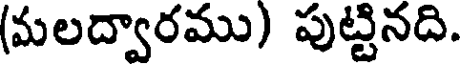
(మలద్వారము) పుట్టినది.